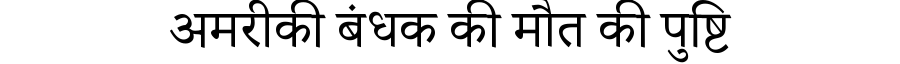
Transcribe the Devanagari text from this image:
अमरीकी बंधक की मौत की पुष्टि